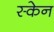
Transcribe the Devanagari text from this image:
स्‍केन